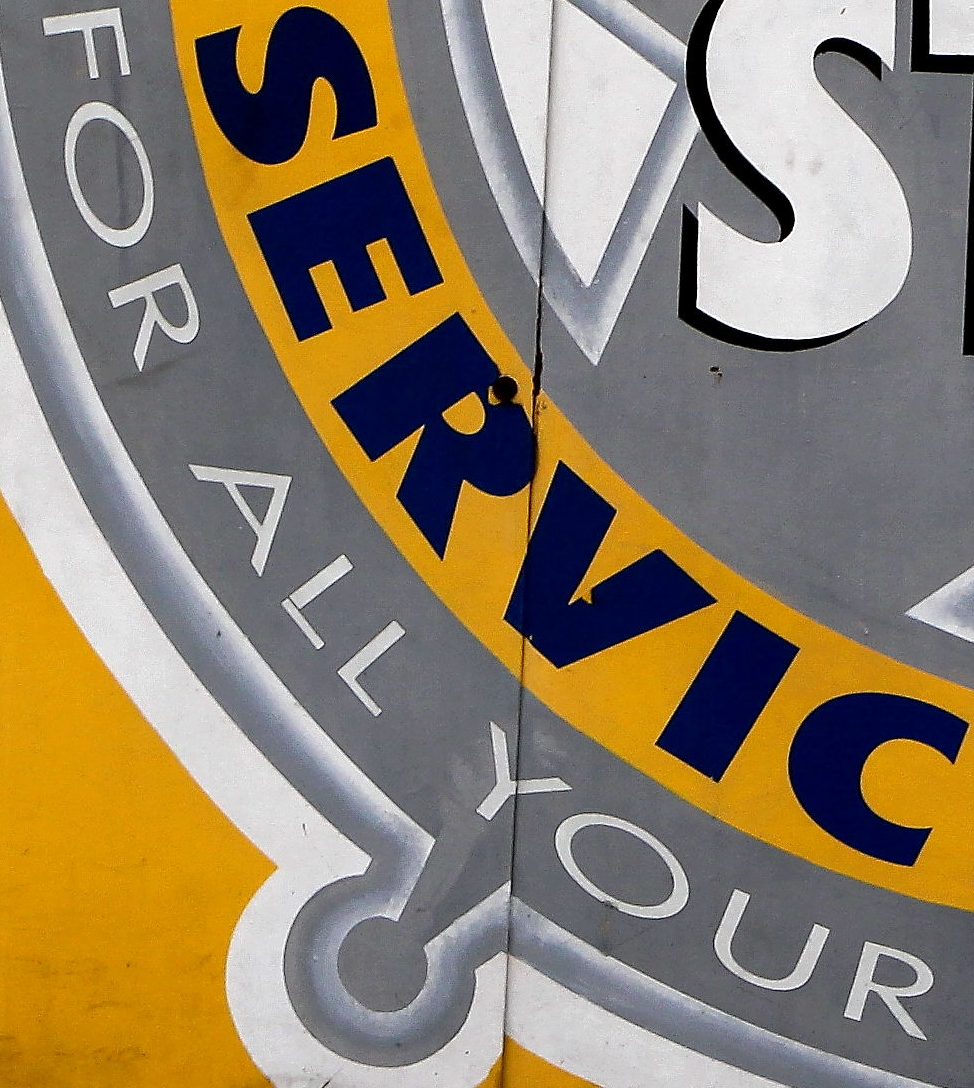
FOR ALL YOUR